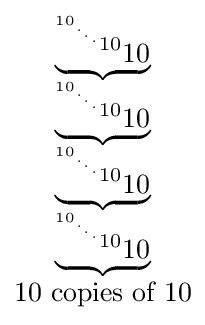
{\begin{matrix}\underbrace {^{^{^{^{^{10}.}.}.}10}10} \\\underbrace {^{^{^{^{^{10}.}.}.}10}10} \\\underbrace {^{^{^{^{^{10}.}.}.}10}10} \\\underbrace {^{^{^{^{^{10}.}.}.}10}10} \\10{\mbox{ copies of }}10\end{matrix}}